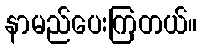
နာမည်ပေးကြတယ်။